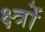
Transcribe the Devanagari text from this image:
क्ष्त्रों